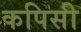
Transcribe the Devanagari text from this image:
कपिसी